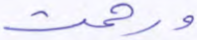
ورحمت